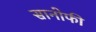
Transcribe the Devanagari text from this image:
सानोफी